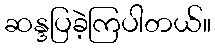
ဆန္ဒပြခဲ့ကြပါတယ်။